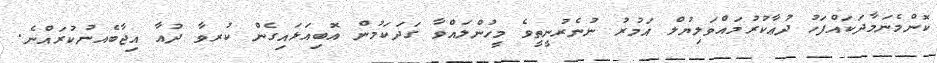
ކޮންމެނަމާދަކައްފަހު ދުޢާކުރުމައްވަލިޔުލް އަމުރު ނުނެރުނީތީވެ މީހުންލައްވާ ގަދަކަމުން އޮބިއަޅައިގެން ކުރވާ ދުއާ އިޖާބެއނުކުރައްނެ.